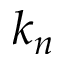
k _ { n }